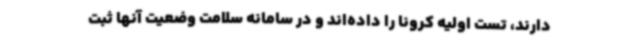
دارند، تست اولیه کرونا را داده‌اند و در سامانه سلامت وضعیت آنها ثبت